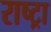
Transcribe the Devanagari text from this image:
राष्ट्रा